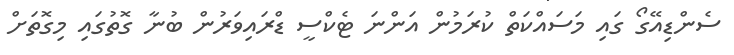
ސެންޑިއޭގޯ ގައި މަސައްކަތް ކުރަމުން އަންނަ ޓެކްސީ ޑްރައިވަރުން ބުނާ ގޮތުގައި މިގޮތަށް